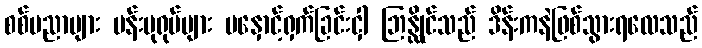
စစ်ပညာများ ပန်းပုရုပ်များ မနှောင့်ရှက်ခြင်းငှါ ဘြန္လိုင်သည် ဒိန်းကနဲဖြစ်သွားရလေသည်